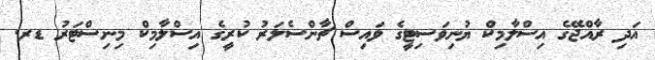
އަދި ރާއްޖޭގެ އިސްލާމިކް ޔުނިވަސިޓީގެ ވައިސް ޗާންސެލަރު ކުރީގެ އިސްލާމިކް މިނިސްޓަރު ޑރ.